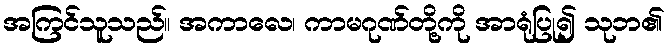
အကြင်သူသည်။ အကာလေ၊ ကာမဂုဏ်တို့ကို အာရုံပြု၍ သုဘ၏